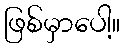
ဖြစ်မှာပေါ့။